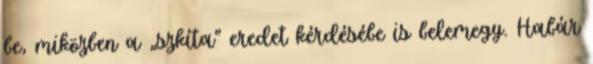
be, miközben a „szkíta" eredet kérdésébe is belemegy. Habár